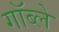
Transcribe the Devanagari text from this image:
गॉब्ले